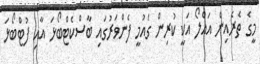
މީގެ ތެރެއިން އައްލޯ އަކީ ކުރިން ގައުމީ ފެންވަރުގައި ބާސްކެޓްބޯޅަ އާއި ފުޓްބޯޅަ